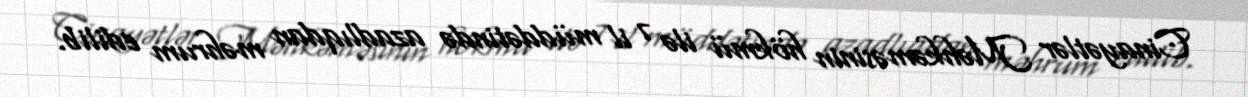
Cinayətlər Məhkəməsinin hökmü ilə 7 il müddətində azadlıqdan məhrum edilib.